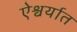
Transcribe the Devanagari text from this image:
ऐश्वर्यात